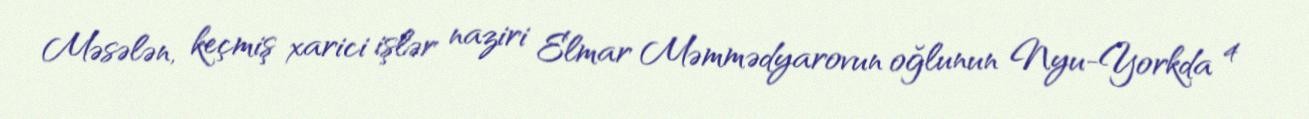
Məsələn, keçmiş xarici işlər naziri Elmar Məmmədyarovun oğlunun Nyu-Yorkda 4